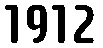
1912